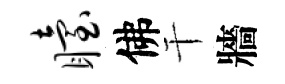
眙佛干牆